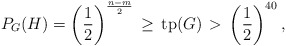
\begin{align*}P_G(H) = \left(\frac{1}{2}\right)^{\frac{n-m}{2}} \,\geq \,\mathrm{tp}(G) \,>\, \left(\frac{1}{2}\right)^{40},\end{align*}